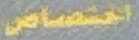
اختصاص